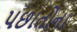
પછાતોના